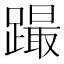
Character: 𨅎